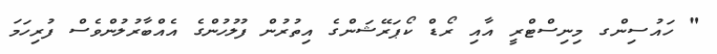
" ހައުސިންގ މިނިސްޓްރީ އާއި ރޯޑް ކޯޕަރޭޝަންގެ އިތުރުން ފުލުހުންގެ އެއްބާރުލުންވެސް ފުރިހަމަ